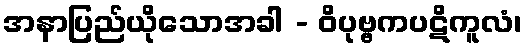
အနာပြည်ယိုသောအခါ - ဝိပုဗ္ဗကပဋိကူလံ၊